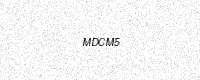
Text: MDCM5